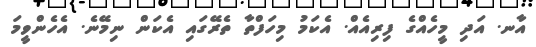
އާނ. އަދި މީހެއްގެ ފިރިއެއް. އެކަމު މިހަފްތާ ތެރޭގައި އެކަން ނިމޭނެ. އެހެންވީމަ